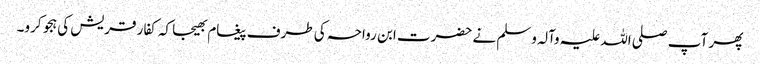
پھر آپ صلی اللہ علیہ وآلہ وسلم نے حضرت ابن رواحہ کی طرف پیغام بھیجا کہ کفار قریش کی ہجو کرو۔